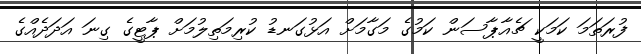
ފުރަތަމަ ކަމަކީ ޗެއާޕާސަން ކަމުގެ މަގާމަށް އަޅުގަނޑު ކުރިމަތިލުމަށް ޕާޓީގެ ގިނަ އަދަދެއްގެ